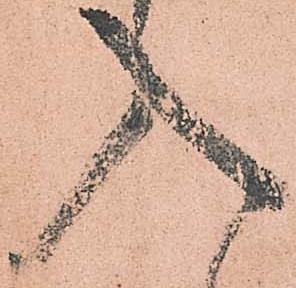
入